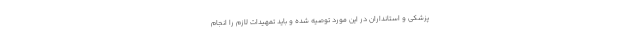
پزشکی و استانداران در این مورد توصیه شده و باید تمهیدات لازم را انجام